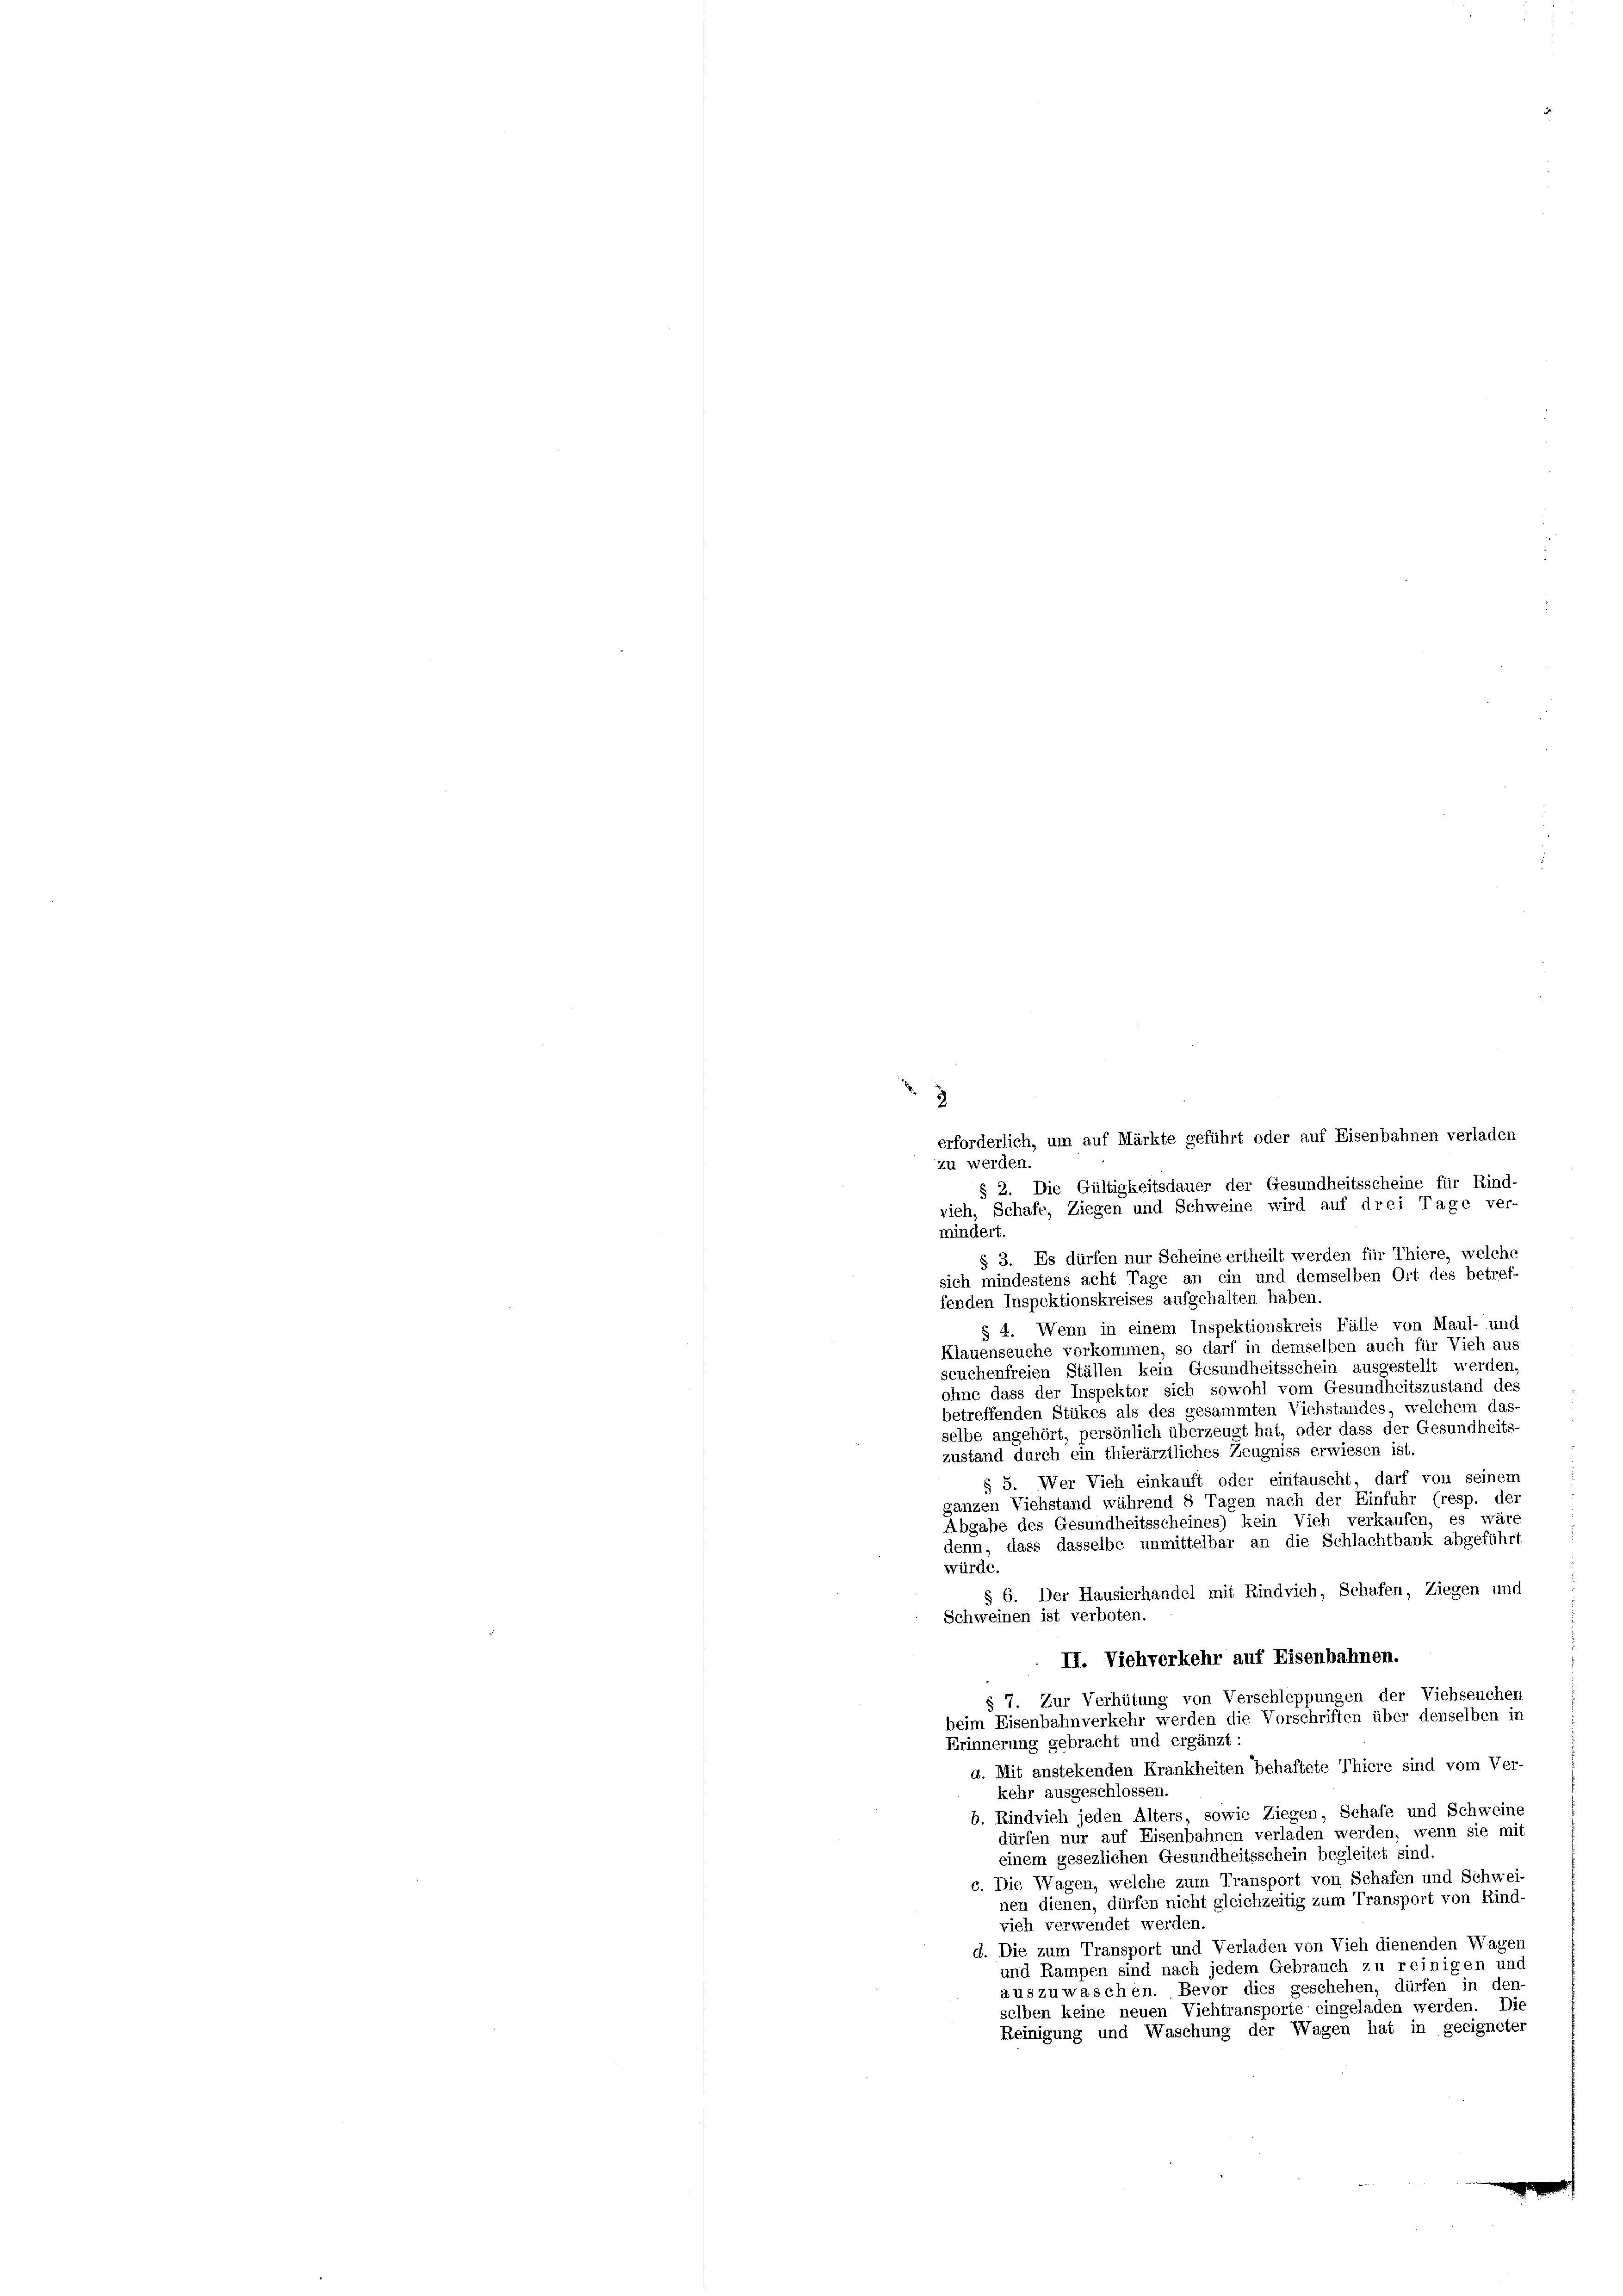
2
erforderlich, um auf Märkte geführt oder auf Eisenbahnen verladen
zu werden.
§ 2. Die Gültigkeitsdauer der Gesundheitsscheine für Rind-
vieh, Schaft, Ziegen und Schweine wird auf drei Tage ver-
mindert.
§ 3. Es dürfen nur Scheine ertheilt werden für Thiere, welche
sich mindestens acht Tage an ein und demselben Ort des betref-
fenden Inspektionskreises aufgehalten haben.
§ 4. Wenn in einem Inspektionskreis Fälle von Maul- und
Klauenseuche vorkommen, so darf in demselben auch für Vieh aus
scuchenfreien Ställen kein Gesundheitsschein ausgestellt werden
ohne dass der Inspektor sich sowohl vom Gesundheitszustand des
betreffenden Stükes als des gesammten Viehstandes, welchem das-
selbe angehört, persönlich überzeugt hat, oder dass der Gesundheits-
zustand durch ein thierärztliches Zeugniss erwiesen ist.
§ 5. Wer Vieh einkauft oder eintauscht, darf von seinem
ganzen Viehstand während 8 Tagen nach der Einfuhr (resp. der
Abgabe des Gesundheitsscheines) kein Vieh verkaufen, es wäre
denn, dass dasselbe unmittelbar an die Schlachtbank abgeführt
würde.
§ 6. Der Hausierhandel mit Rindvieh, Schafen, Ziegen und
Schweinen ist verboten.
II. Viehverkehr auf Eisenbahnen.
§ 7. Zur Verhütung von Verschleppungen der Viehseuchen
beim Eisenbahnverkehr werden die Vorschriften über denselben in
Erinnerung gebracht und ergänzt:
a. Mit anstekenden Krankheiten behaftete Thiere sind vom Ver-
kehr ausgeschlossen.
b. Rindvieh jeden Alters, sowie Liegen, Schafe und Schweine
dürfen nur auf Eisenbahnen verladen werden, wenn sie mit
einem gesezlichen Gesundheitsschein begleitet sind.
c. Die Wagen, welche zum Transport von Schafen und Schwei-
nen dienen, dürfen nicht gleichzeitig zum Transport von Rind-
vieh verwendet werden.
d. Die zum Transport und Verladen von Vieh dienenden Wagen
und Rampen sind nach jedem Gebrauch zu reinigen und
auszuwaschen. Bevor dies geschehen, dürfen in den-
selben keine neuen Viehtransporte eingeladen werden. Die
Reinigung und Waschung der Wagen hat in geeigneter